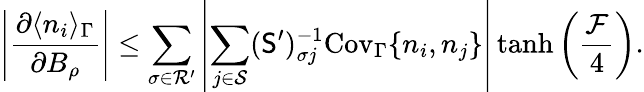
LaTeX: \left|\frac{\partial\langle n_{i}\rangle_{\Gamma}}{\partial B_{\rho}}\right|\leq\sum_{\sigma\in\mathcal{R}^{\prime}}\left|\sum_{j\in\mathcal{S}}(\mathsf{S}^{\prime})_{\sigma j}^{-1}\mathrm{Cov}_{\Gamma}\{ n_{i},n_{j}\} \right|\operatorname{tanh}\left(\frac{\mathcal{F}}{4}\right).